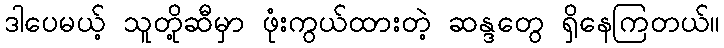
ဒါပေမယ့် သူတို့ဆီမှာ ဖုံးကွယ်ထားတဲ့ ဆန္ဒတွေ ရှိနေကြတယ်။